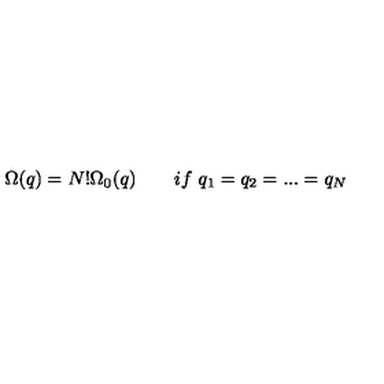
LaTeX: \Omega ( q ) = N ! \Omega _ { 0 } ( q ) \qquad i f \ q _ { 1 } = q _ { 2 } = . . . = q _ { N }